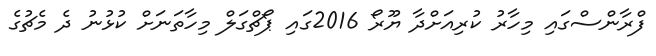
ފްރާންސްގައި މިހާރު ކުރިއަށްދާ ޔޫރޯ 2016ގައި ޕޯޗްގަލް މިހާތަނަށް ކުޅުނު ދެ މެޗުގެ